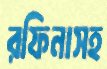
রফিনাসহ